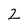
Character: 2